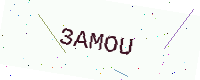
Text: 3AMOU